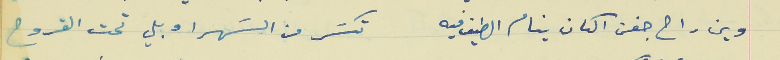
وين راح جفن الكان ينام الطيف فيه                      تكسَر من السَهر او بلي تحت القروح